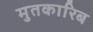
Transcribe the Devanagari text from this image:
मुतकारिब